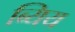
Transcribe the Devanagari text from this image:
ब्यिय